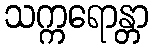
သက္ကရောန္တာ